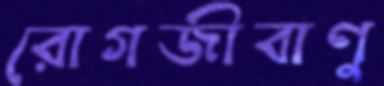
রোগজীবাণু